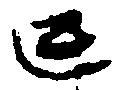
亡